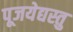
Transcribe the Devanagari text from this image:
पूजयेद्यस्तु